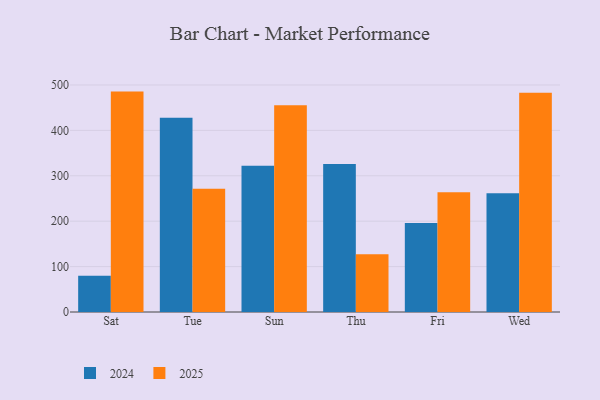
{"axis": {"x": "Day", "y": "Active Users"}, "legend": ["2024", "2025"], "data": [{"x": "Sat", "y": 79.7, "type": "2024"}, {"x": "Sat", "y": 485.4, "type": "2025"}, {"x": "Tue", "y": 427.7, "type": "2024"}, {"x": "Tue", "y": 271.4, "type": "2025"}, {"x": "Sun", "y": 321.9, "type": "2024"}, {"x": "Sun", "y": 455.3, "type": "2025"}, {"x": "Thu", "y": 325.9, "type": "2024"}, {"x": "Thu", "y": 127.3, "type": "2025"}, {"x": "Fri", "y": 196.1, "type": "2024"}, {"x": "Fri", "y": 263.6, "type": "2025"}, {"x": "Wed", "y": 261.3, "type": "2024"}, {"x": "Wed", "y": 482.7, "type": "2025"}]}